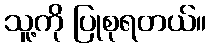
သူ့ကို ပြုစုရတယ်။